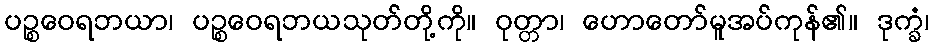
ပဉ္စဝေရဘယာ၊ ပဉ္စဝေရဘယသုတ်တို့ကို။ ဝုတ္တာ၊ ဟောတော်မူအပ်ကုန်၏။ ဒုက္ခံ၊